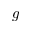
g